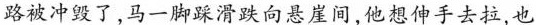
路被冲毁了，马一脚踩滑跌向悬崖间,他想伸手去拉，也